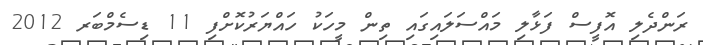
ރަންދެލި އޮފީސް ފަޅާލި މައްސަލައިގައި ތިން މީހަކު ހައްޔަރުކޮށްފި 11 ޑިސެމްބަރ 2012